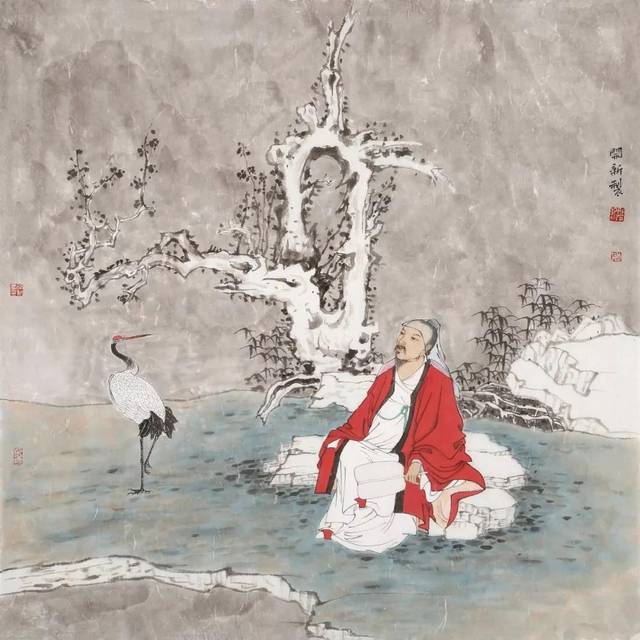
功被天下，守之以让。